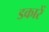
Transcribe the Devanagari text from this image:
डकारें